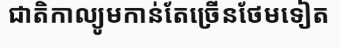
ជាតិកាល្យូមកាន់តែច្រើនថែមទៀត